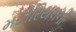
મટીરિયલની